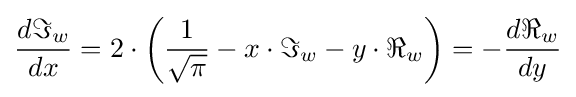
{\frac {d\Im _{w}}{dx}}=2\cdot \left({\frac {1}{\sqrt {\pi }}}-x\cdot \Im _{w}-y\cdot \Re _{w}\right)=-{\frac {d\Re _{w}}{dy}}